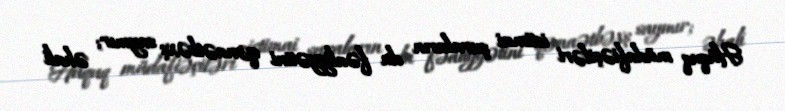
Hüquq müdafiəçiləri ictimai şuraların da fəaliyyətini qənaətbəxş saymır; əhali